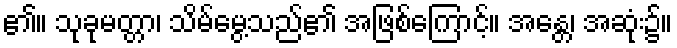
၏။ သုခုမတ္တာ၊ သိမ်မွေ့သည်၏ အဖြစ်ကြောင့်။ အန္တေ၊ အဆုံး၌။